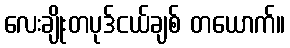
လေးချိုးတပုဒ်ငယ်ချစ် တယောက်။